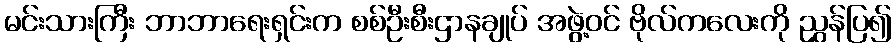
မင်းသားကြီး ဘာဘာရေးရှင်းက စစ်ဦးစီးဌာနချုပ် အဖွဲ့ဝင် ဗိုလ်ကလေးကို ညွှန်ပြ၍